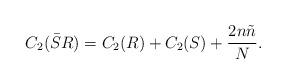
LaTeX: \begin{align*}C_2 (\bar{S}R) = C_2 (R) + C_2 (S)+ \frac{2n\tilde n}{N} .\end{align*}